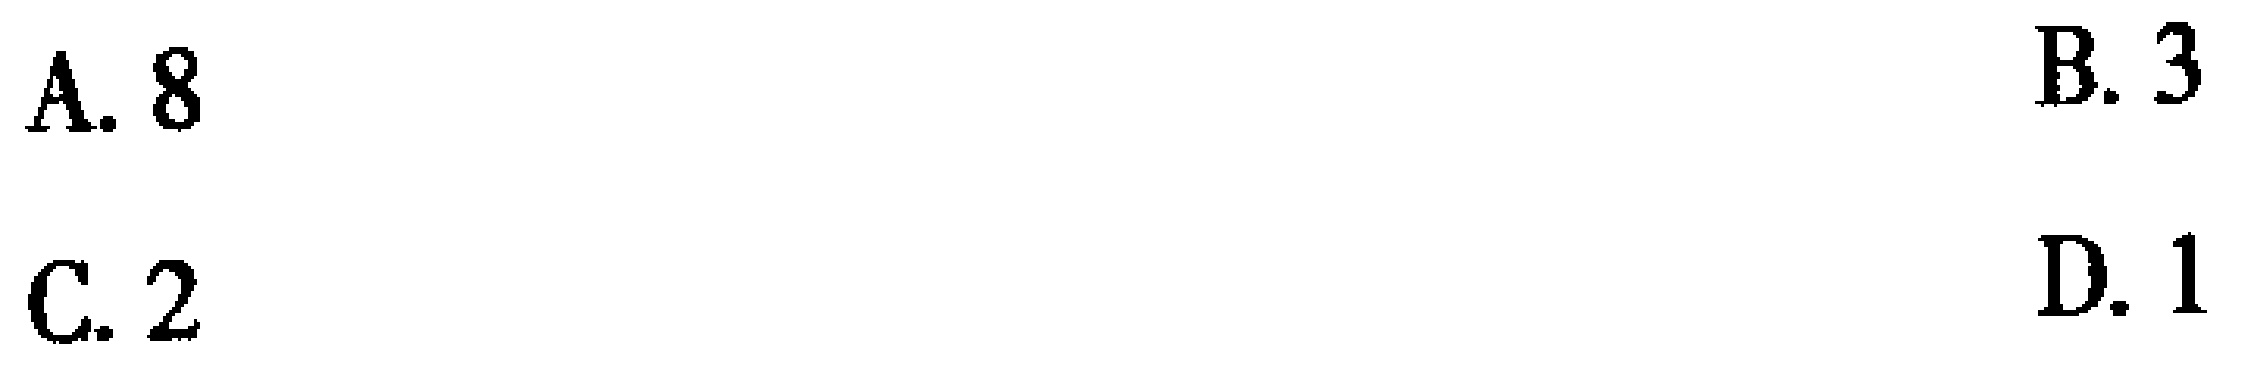
A. 8
B. 3
C. 2
D. 1